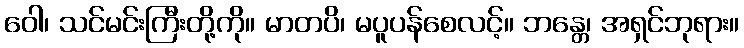
ဝေါ၊ သင်မင်းကြီးတို့ကို။ မာတပိ၊ မပူပန်စေလင့်။ ဘန္တေ၊ အရှင်ဘုရား။